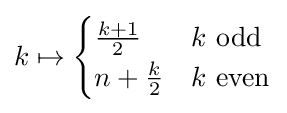
k\mapsto {\begin{cases}{\frac {k+1}{2}}&k\ {\text{odd}}\\n+{\frac {k}{2}}&k\ {\text{even}}\end{cases}}